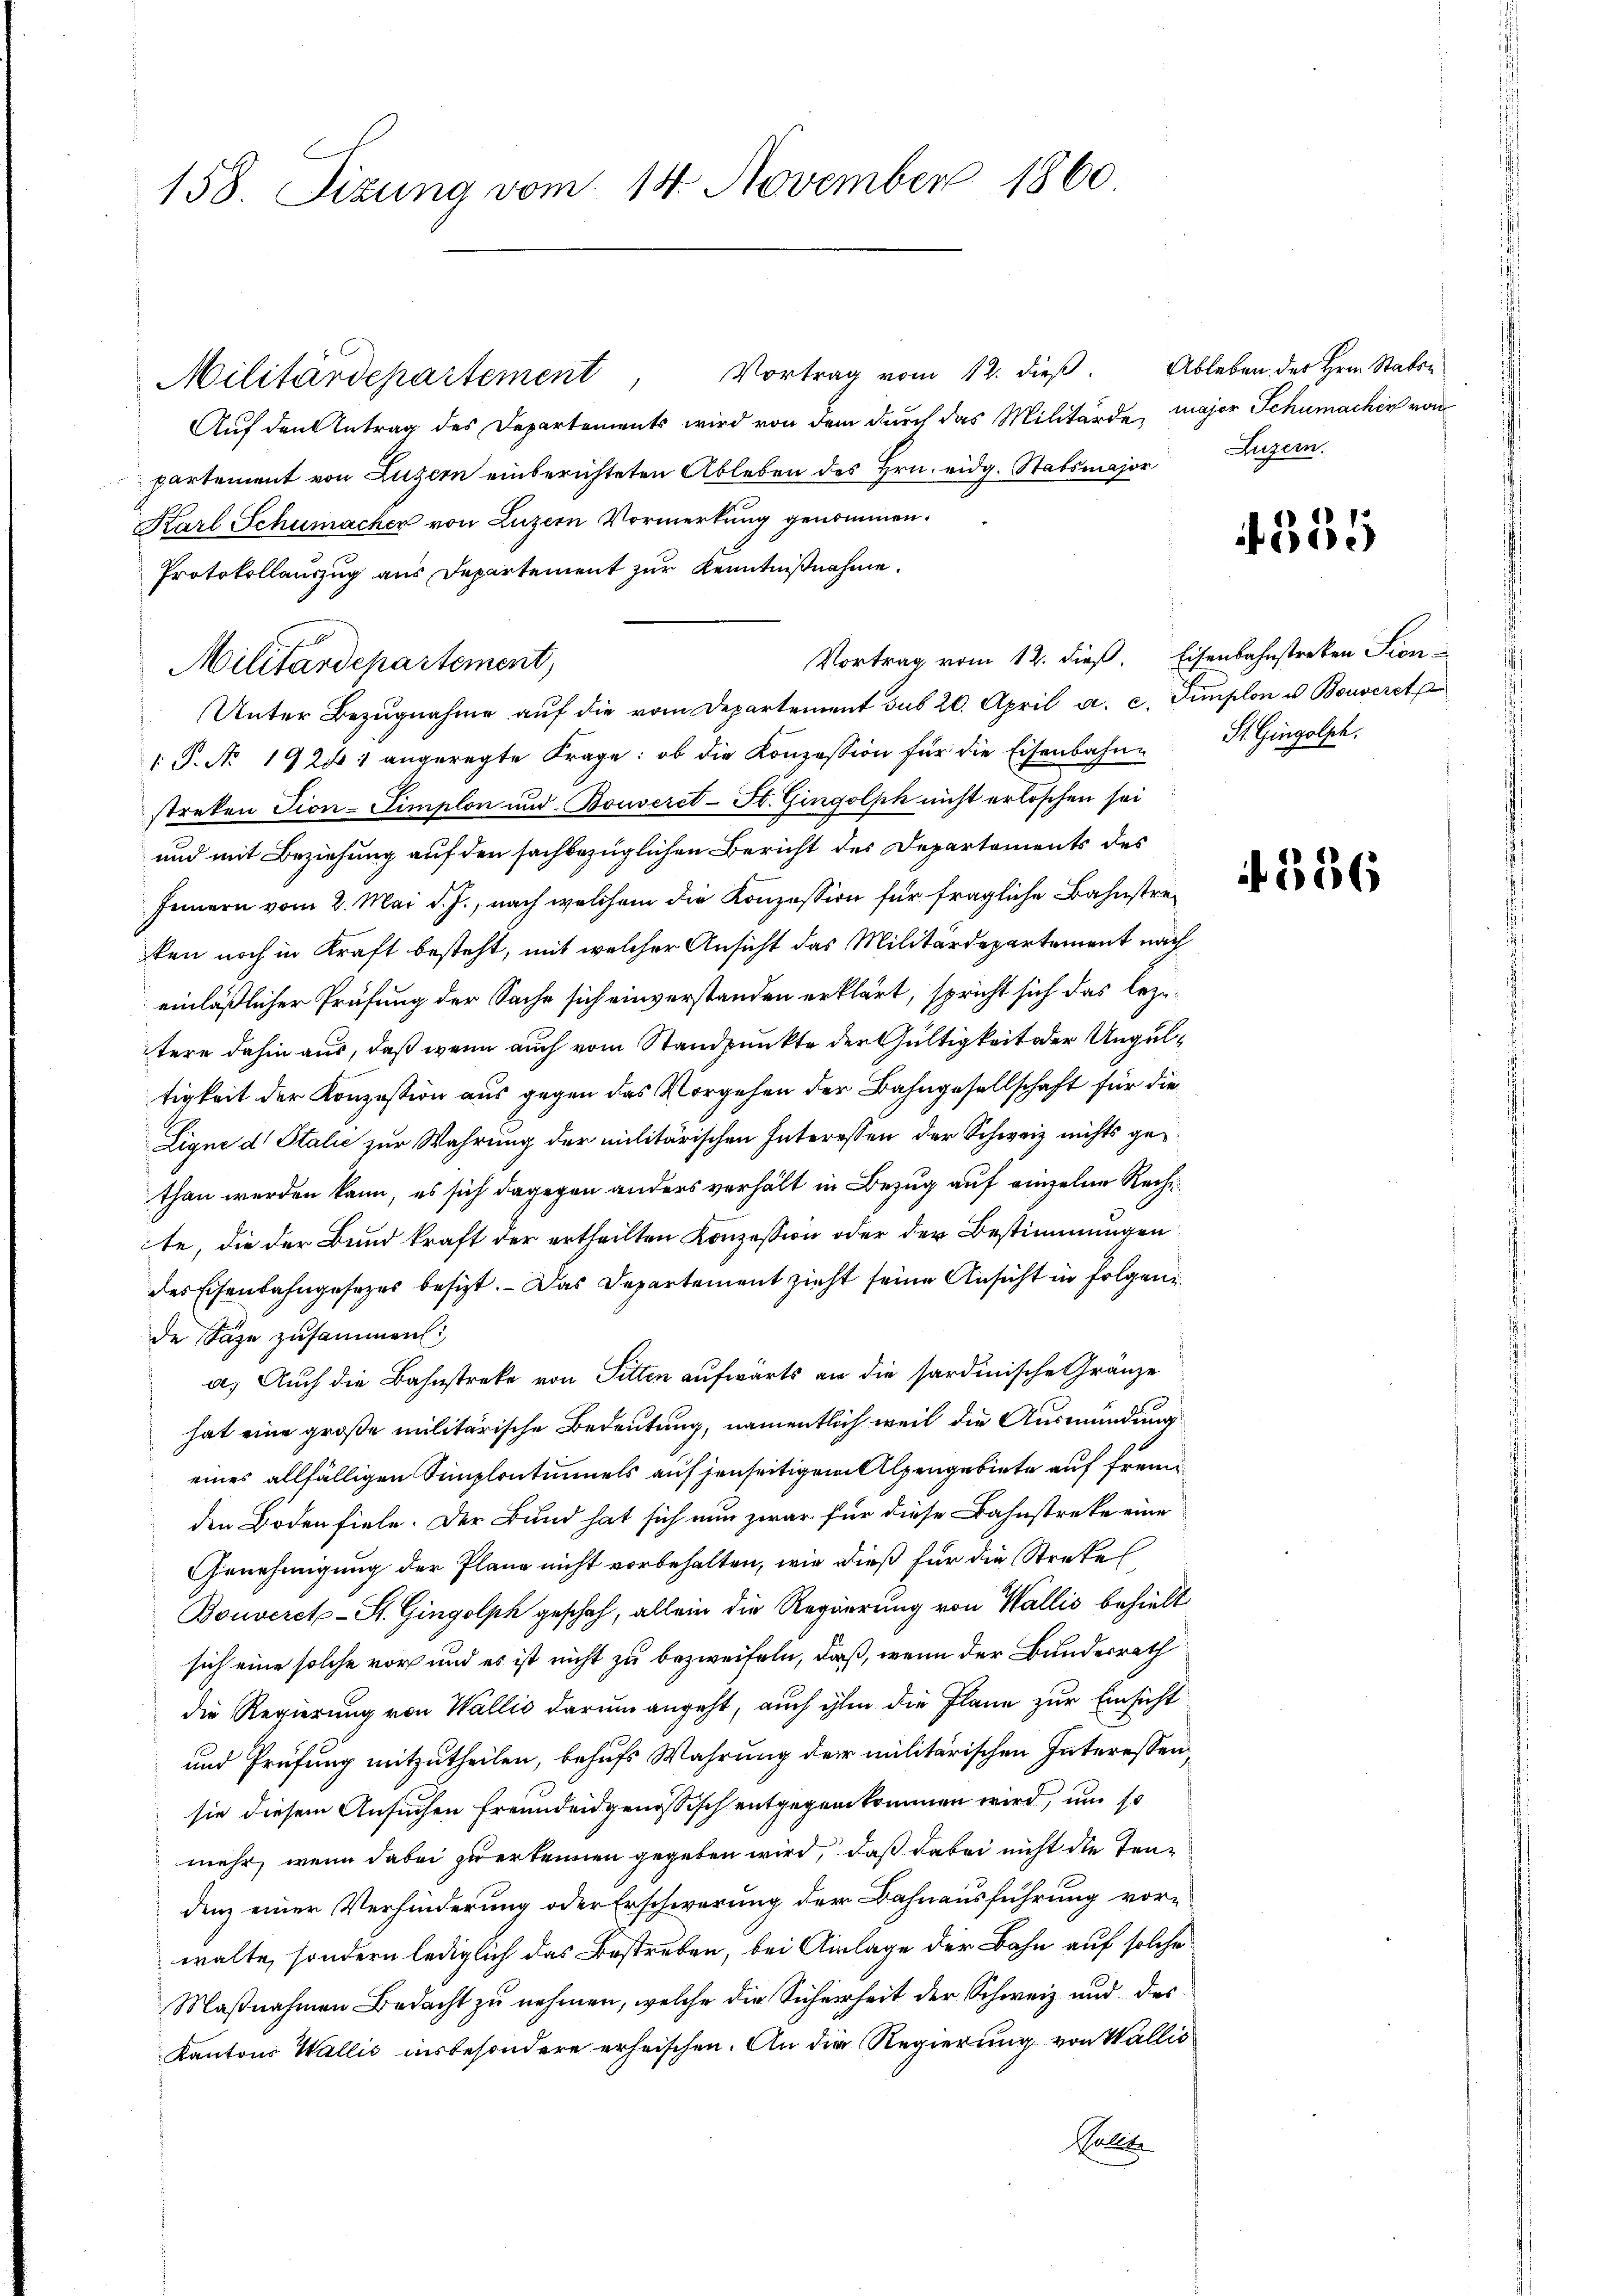
158. Sizung vom 14. November 1860.

Vortrag vom 12. dieß. Ableben der Hrn. Staben
Militärdepartement
Auf den Antrag des Departements wird von dem durch das Militärde, major Schumachen vom
partement von Luzern einberichteten Ableben des Hrn. eidg. Stabsmajor
Karl Schumacher von Luzern Vormerkung genommen.
Protokollauszug aus Departement zur Kenntnißnahme.
Vortrag vom 12. dieß. Eisenbahnstreken Sien-
Militärdepartement,
Unter Bezŭgnahme aŭf die vom Departement das 20. April a. c. Simplon u. Bouverst
1. P. No. 1924 1 angeregte Frage: ob die Konzession für die Eisenbahne
streken Tion-Limplon und Bouveret-St. Gingolph nicht erloschen sei
und mit Beziehung auf den sachbezüglichen Bericht des Departements des
feinern vom 2. Mai d. J., nach welchem die Konzession für fragliche Bahnstreken noch in Kraft besteht, mit welcher Ansicht das Militärdepartement nach
einläßlicher Prüfung der Sache sich einverstanden erklärt, spricht sich das lezetere dahin aus, daß wenn auch vom Standpunkte der Gültigkeit oder Ungultigkeit der Konzession aus gegen das Vorgehen der Bahngesellschaft für die
Ligne d. Stalie zur Wahrung der militärischen Interessen der Schweiz nichts gethan werden kann, es sich dagegen anders verhält in Bezug auf einzelne Rechte, die der Bund kraft der ertheilten Konzession oder der Bestimmungen
des Eisenbahngesetzes besizt. - Das Departement zieht seine Ansicht in folgende Säge zusammen.
a. Auch die Bahnstreke von Sitten aufwärts an die sardinische Gränze
hat eine große militärische Bedeutung, namentlich weil die Ausmündung
eines allfälligen Simplontinuels auf jenseitigem Alpengebiete auf fremden Boden fiele. Der Bund hat sich nun zwar für diese Bahnstreke eine
Genehmigung der Plane nicht vorbehalten, wie dieß für die Strekes
Bouveret-St. Gingolph geschah, allein die Regierung von Wallis behielt
sich eine solche vor und es ist nicht zu bezweifeln, daß, wenn der Bundesrath
die Regierung von Wallis darum angeht, auch ihm die Plane zur Einsicht
und Prüfung mitzutheilen, behufs Wahrung der militärischen Interessen,
sie diesem Ansuchen freundeidgenössisch entgegenkommen wird, um so
mehr, wenn dabei zu erkennen gegeben wird, daß dabei nicht die Teudenz einer Verhinderung oder Erschwerung der Bahnausführung vorwalte, sondern lediglich das Bestreben, bei Anlage der Bahn auf solche
Maßnahmen Bedacht zu nehmen, welche die Sicherheit der Schweiz und des
Kantons Wallis insbesondere erheischen. An die Regierung von Wallis
Kalen

Luzern.

355

St. Gingolph.

556